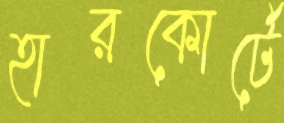
হারকোর্টে